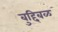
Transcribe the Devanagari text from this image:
बुद्दिबळ